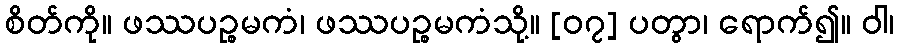
စိတ်ကို။ ဖဿပဉ္စမကံ၊ ဖဿပဉ္စမကံသို့။ [၀၇] ပတွာ၊ ရောက်၍။ ဝါ၊